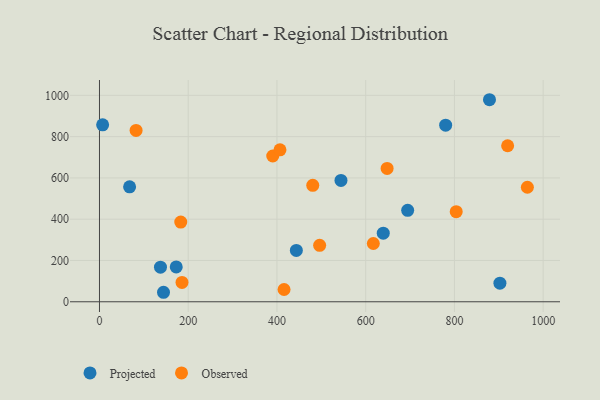
{"axis": {"x": "Speed", "y": "Demand"}, "legend": ["Observed", "Projected"], "data": [{"x": "144.3", "y": 46.0, "type": "Projected"}, {"x": "443.7", "y": 248.7, "type": "Projected"}, {"x": "7.1", "y": 857.3, "type": "Projected"}, {"x": "780.2", "y": 855.5, "type": "Projected"}, {"x": "173.0", "y": 168.6, "type": "Projected"}, {"x": "879.0", "y": 978.7, "type": "Projected"}, {"x": "544.3", "y": 587.8, "type": "Projected"}, {"x": "137.5", "y": 167.7, "type": "Projected"}, {"x": "902.5", "y": 90.1, "type": "Projected"}, {"x": "639.6", "y": 332.1, "type": "Projected"}, {"x": "694.6", "y": 442.9, "type": "Projected"}, {"x": "67.9", "y": 556.8, "type": "Projected"}, {"x": "496.2", "y": 273.4, "type": "Observed"}, {"x": "183.2", "y": 386.1, "type": "Observed"}, {"x": "480.7", "y": 564.1, "type": "Observed"}, {"x": "919.9", "y": 755.8, "type": "Observed"}, {"x": "82.5", "y": 830.2, "type": "Observed"}, {"x": "964.4", "y": 554.8, "type": "Observed"}, {"x": "617.2", "y": 282.3, "type": "Observed"}, {"x": "390.5", "y": 706.2, "type": "Observed"}, {"x": "416.0", "y": 59.4, "type": "Observed"}, {"x": "406.8", "y": 736.1, "type": "Observed"}, {"x": "648.3", "y": 646.0, "type": "Observed"}, {"x": "186.0", "y": 93.8, "type": "Observed"}, {"x": "804.0", "y": 436.3, "type": "Observed"}]}